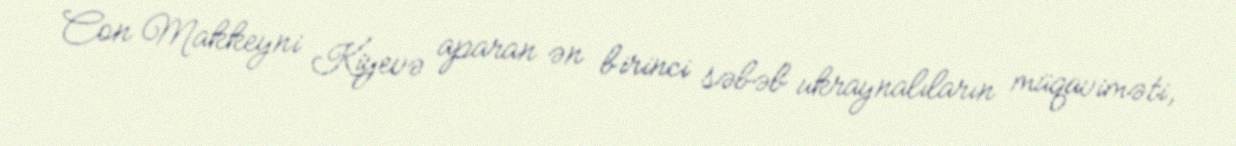
Con Makkeyni Kiyevə aparan ən birinci səbəb ukraynalıların müqaviməti,